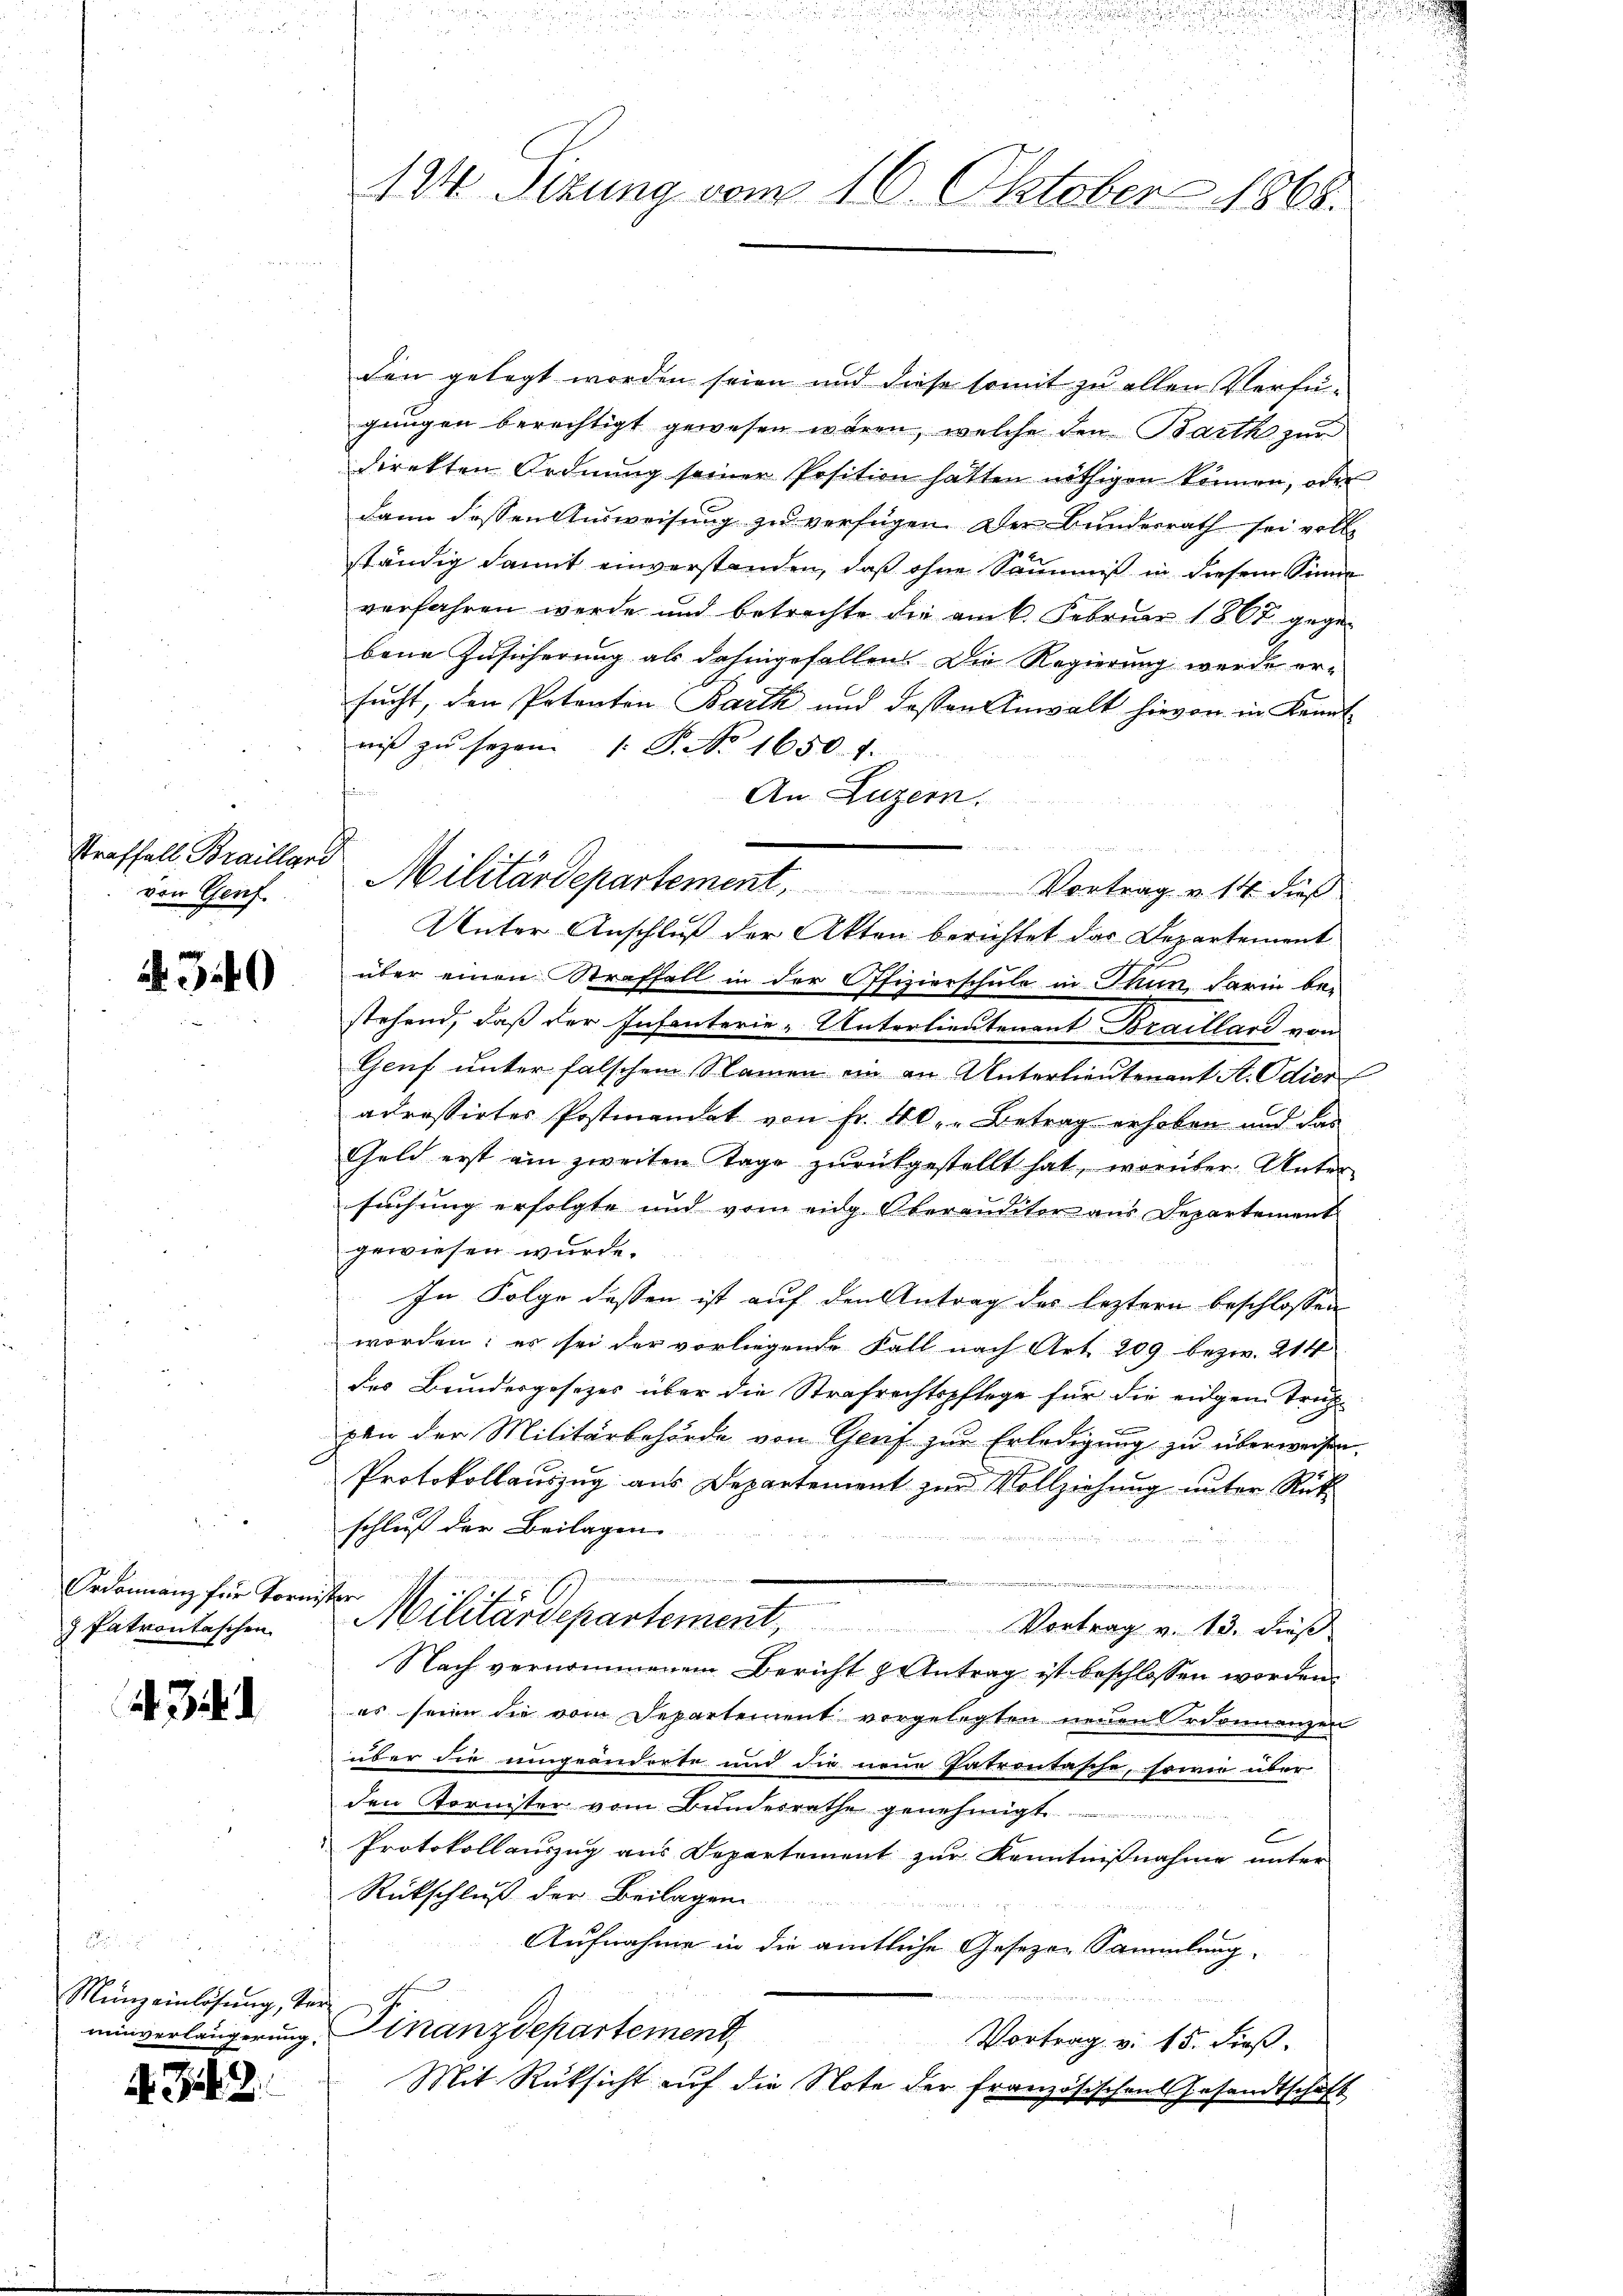
Straffall Brailland
von Genf.

340

Ordonnanz für Torn
 Patrontaschen

. . .

Münzeinlösung, de

A Zif. 2.

124. Sizung vom 16. Oktober 1868.

den gelegt worden seien und diese somit zu allen Verfü-
gungen berechtigt gewesen wären, welche den Barth zur
direkten Ordnung seiner Position hatten nöthigen können, oder
dann dessen Ausweisung zu verfügen. Der Bundesrath sei volle
ständig damit einverstanden, daß ohne Säumniß in diesem Sinne
verfahren werde und betrachte die am 6. Februar 1867 gegebene Zusicherung als dahingefallen. Die Regierung werde er-
sucht, den Potenton Barth und dessen Anwalt hievon in Kennt-
niβ zŭ sezen 1. P. No. 1650. 1.
An Luzern.
Unter Anschluß der Akten berichtet das Departement
über einen Straffall in der Offizierschule in Thun, darin be-
stehend, daß der Infanterie-Unterlieutenant Braillard von
Genf unter falschem Namen ein an Unterlieutenant A. Odier
adressirtes Postmandat von Fr. 40. Betrag erhoben und das
Geld erst am zweiten Tage zŭrückgestellt hat, worüber Unter
suchung erfolgte und vom eidg Oberanditor aus Departement
gewiesen wurde.
In Folge dessen ist auf den Antrag des leztern beschlossen
worden; es sei der vorliegende Fall nach Art. 209 bezw. 214
des Bundesgesezes über die Strafrechtspflege für die eidgen Trut-
ven der Militärbehörde von Graf zur Erledigung zu überweisen.
Protokollauszug aus Departement zŭr Vollziehŭng ŭnter Rük
schließ der Beilagen

e

 her
Militärdepartement. Vortrag v. 13. dieβ
Nach vernommenem Bericht zu Antrag ist beschlossen worden.
es seien die vom Departement vorgelegten neuen Ordonnanzen
über die umgeänderte und die neue Patrontasche, sowie über
den Tornister vom Bundesrathe genehmigt.
.
Protokollaŭszŭg aŭs Departement zŭr Kenntniβnahme ŭnter
Rückschluß der Beilagen
Aufnahme in die amtliche Gesezen Sammlung
minverlängerung. Finanzdepartement,
Vortrag v. 15. dieß.
Mit Rüksicht auf die Note der Französischen Gesandtschaft

Militärdepartement, Vortrag u. 14. dieß